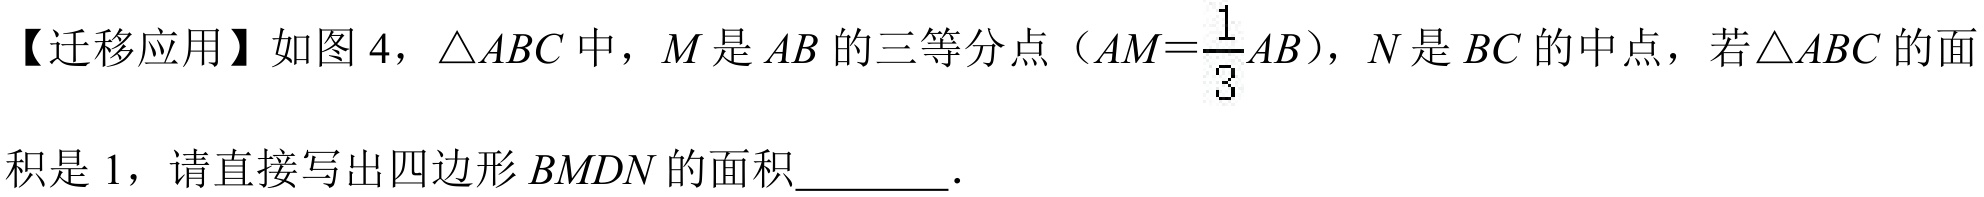
【迁移应用】如图 4，$\triangle ABC$中，$M$是$AB$的三等分点（$AM = \frac{1}{3}AB$），$N$是$BC$的中点，若$\triangle ABC$的面积是 1，请直接写出四边形$BMDN$的面积________．